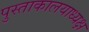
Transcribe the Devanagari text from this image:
पुस्ताकालयाध्यक्ष